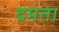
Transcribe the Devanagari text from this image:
दमता